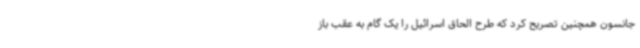
جانسون همچنین تصریح کرد که طرح الحاق اسرائیل را یک گام به عقب باز